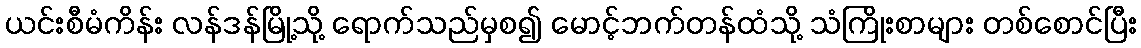
ယင်းစီမံကိန်း လန်ဒန်မြို့သို့ ရောက်သည်မှစ၍ မောင့်ဘက်တန်ထံသို့ သံကြိုးစာများ တစ်စောင်ပြီး